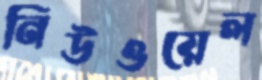
নিউওয়েল